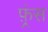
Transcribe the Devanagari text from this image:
फ़्रंस